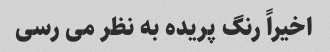
اخیراً رنگ پریده به نظر می رسی